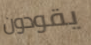
يقودون